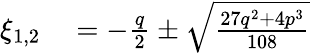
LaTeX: \begin{array}{rl}{\xi_{1,2}}&{{}=-\frac{q}{2}\pm\sqrt{\frac{27q^{2}+4p^{3}}{108}}}\end{array}